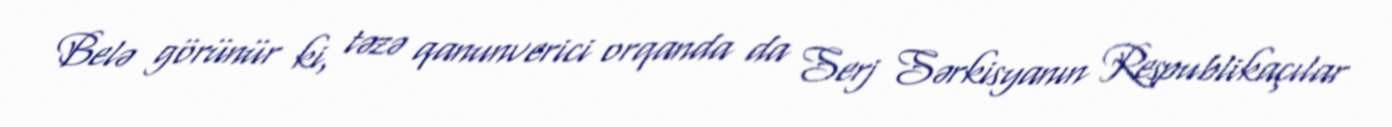
Belə görünür ki, təzə qanunverici orqanda da Serj Sərkisyanın Respublikaçılar